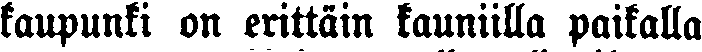
kaupunki on erittäin kauniilla paikalla